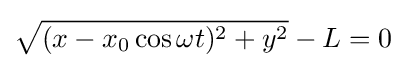
{\sqrt {(x-x_{0}\cos \omega t)^{2}+y^{2}}}-L=0\,\!